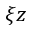
\xi { z }